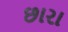
છારા